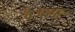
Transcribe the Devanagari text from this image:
वैजहॉट